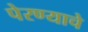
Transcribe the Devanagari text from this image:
पेरण्याचे